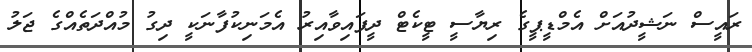
ރައީސް ނަޝީދުއަށް އެމްޑީޕީގެ ރިޔާސީ ޓީކެޓް ދީފައިވާއިރު އެމަނިކުފާނަކީ ދިގު މުއްދަތެއްގެ ޖަލު